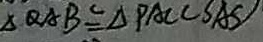
\Delta Q A B \cong \Delta P A C ( S A S )